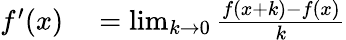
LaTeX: \begin{array}{rl}{f^{\prime}(x)}&{{}=\operatorname*{lim}_{k\to 0}{\frac{f(x+k)-f(x)}{k}}}\end{array}